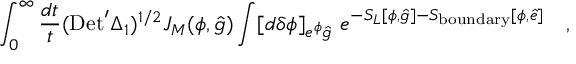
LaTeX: \int _ { 0 } ^ { \infty } { \frac { d t } { t } } ( \mathrm { D e t } ^ { \prime } \Delta _ { 1 } ) ^ { 1 / 2 } J _ { M } ( \phi , { \hat { g } } ) \int [ d \delta \phi ] _ { e ^ { \phi } { \hat { g } } } ~ e ^ { - S _ { L } [ \phi , { \hat { g } } ] - S _ { \mathrm { b o u n d a r y } } [ \phi , { \hat { e } } ] } \quad ,